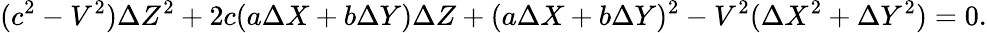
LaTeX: (c^{2}-V^{2})\Delta{Z}^{2}+2c(a\Delta{X}+b\Delta{Y})\Delta{Z}+(a\Delta{X}+b\Delta{Y})^{2}-V^{2}(\Delta{X}^{2}+\Delta{Y}^{2})=0.